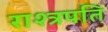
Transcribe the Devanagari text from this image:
राश्त्रपति